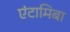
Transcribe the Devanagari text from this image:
एंटामिबा